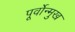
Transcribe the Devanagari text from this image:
पूर्वोन्मुख